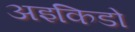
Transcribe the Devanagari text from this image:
अइकिडो